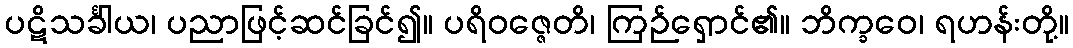
ပဋိသင်္ခါယ၊ ပညာဖြင့်ဆင်ခြင်၍။ ပရိဝဇ္ဇေတိ၊ ကြဉ်ရှောင်၏။ ဘိက္ခဝေ၊ ရဟန်းတို့။